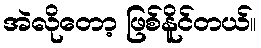
အဲလိုတော့ ဖြစ်နိူင်တယ်။